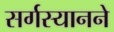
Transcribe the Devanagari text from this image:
सर्गस्यानने